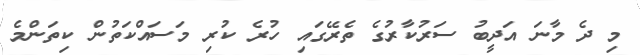
މި ދެ މާނަ އަދީބު ސަރުކާރުގެ ތެރޭގައި ހުރެ ކުރި މަސައްކަތުން ކިތަންމެ